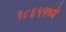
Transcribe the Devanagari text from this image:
१८६५मध्ये